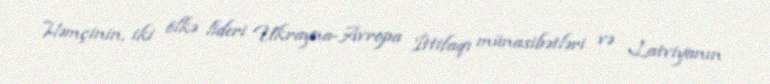
Həmçinin, iki ölkə lideri Ukrayna-Avropa İttifaqı münasibətləri və Latviyanın